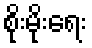
စိုးမိုးရေး